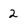
Character: 2